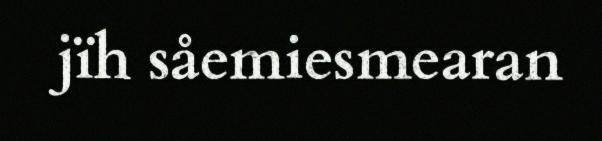
jïh såemiesmearan